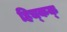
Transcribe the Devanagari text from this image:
हिच्कक्